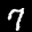
Label: 7